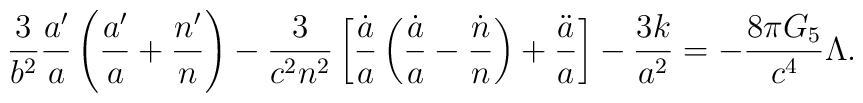
{3\over b^2}{a^{\prime}\over a}\left({a^{\prime}\over a}+{n^{\prime}\over n}\right)-{3\over{c^2n^2}}\left[{\dot{a}\over a}\left({\dot{a}\over a}-{\dot{n}\over n}\right)+{\ddot{a}\over a}\right]-{{3k}\over a^2}=-{{8\pi G_5}\over c^4}\Lambda.